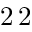
2 \, 2